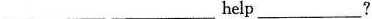
________help_____?